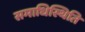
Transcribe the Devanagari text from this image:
समाधिस्थिति